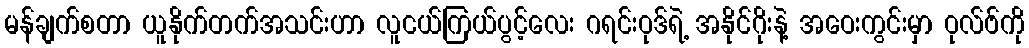
မန်ချက်စတာ ယူနိုက်တက်အသင်းဟာ လူငယ်ကြယ်ပွင့်လေး ဂရင်းဝုဒ်ရဲ့ အနိုင်ဂိုးနဲ့ အဝေးကွင်းမှာ ဝုလ်ဗ်ကို